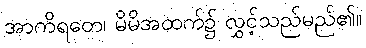
အာကိရတေ၊ မိမိအထက်၌ လွှင့်သည်မည်၏။